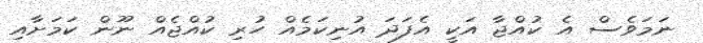
ނަމަވެސް އެ ކުއްޖާ އަކީ އެފަދަ އުނިކަމެއް ހުރި ކުއްޖެއް ނޫން ކަމަށާއި